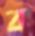
ব